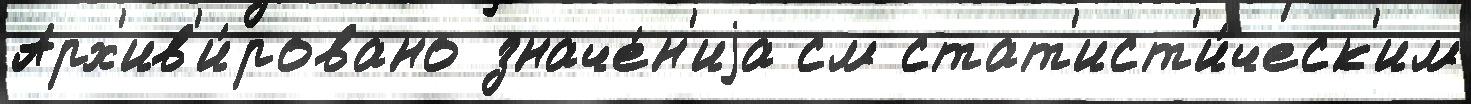
Арх'ив'и́ровано значе́н'иjа см стат'ист'и́ческ'им